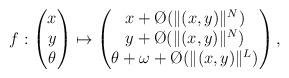
LaTeX: \begin{align*}f:\begin{pmatrix}x \\ y \\ \theta\end{pmatrix} \mapsto\begin{pmatrix}x + \O(\|(x,y)\|^N) \\ y + \O(\|(x,y)\|^N) \\ \theta + \omega + \O(\|(x,y)\|^L)\end{pmatrix},\end{align*}